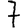
Digit: 7